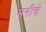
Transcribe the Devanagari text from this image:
मनीचे